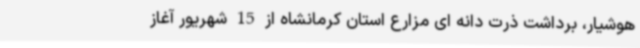
هوشیار، برداشت ذرت دانه ای مزارع استان کرمانشاه از 15 شهریور آغاز